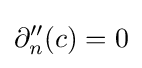
\partial _{n}''(c)=0